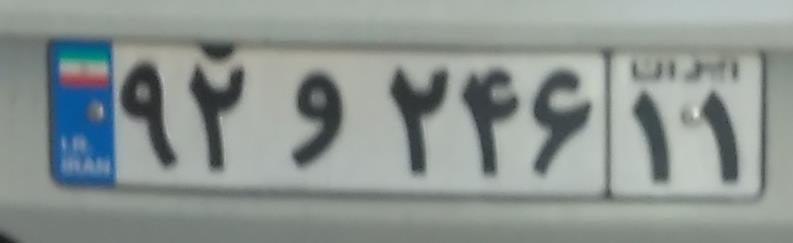
۹۲و۲۴۶۱۱